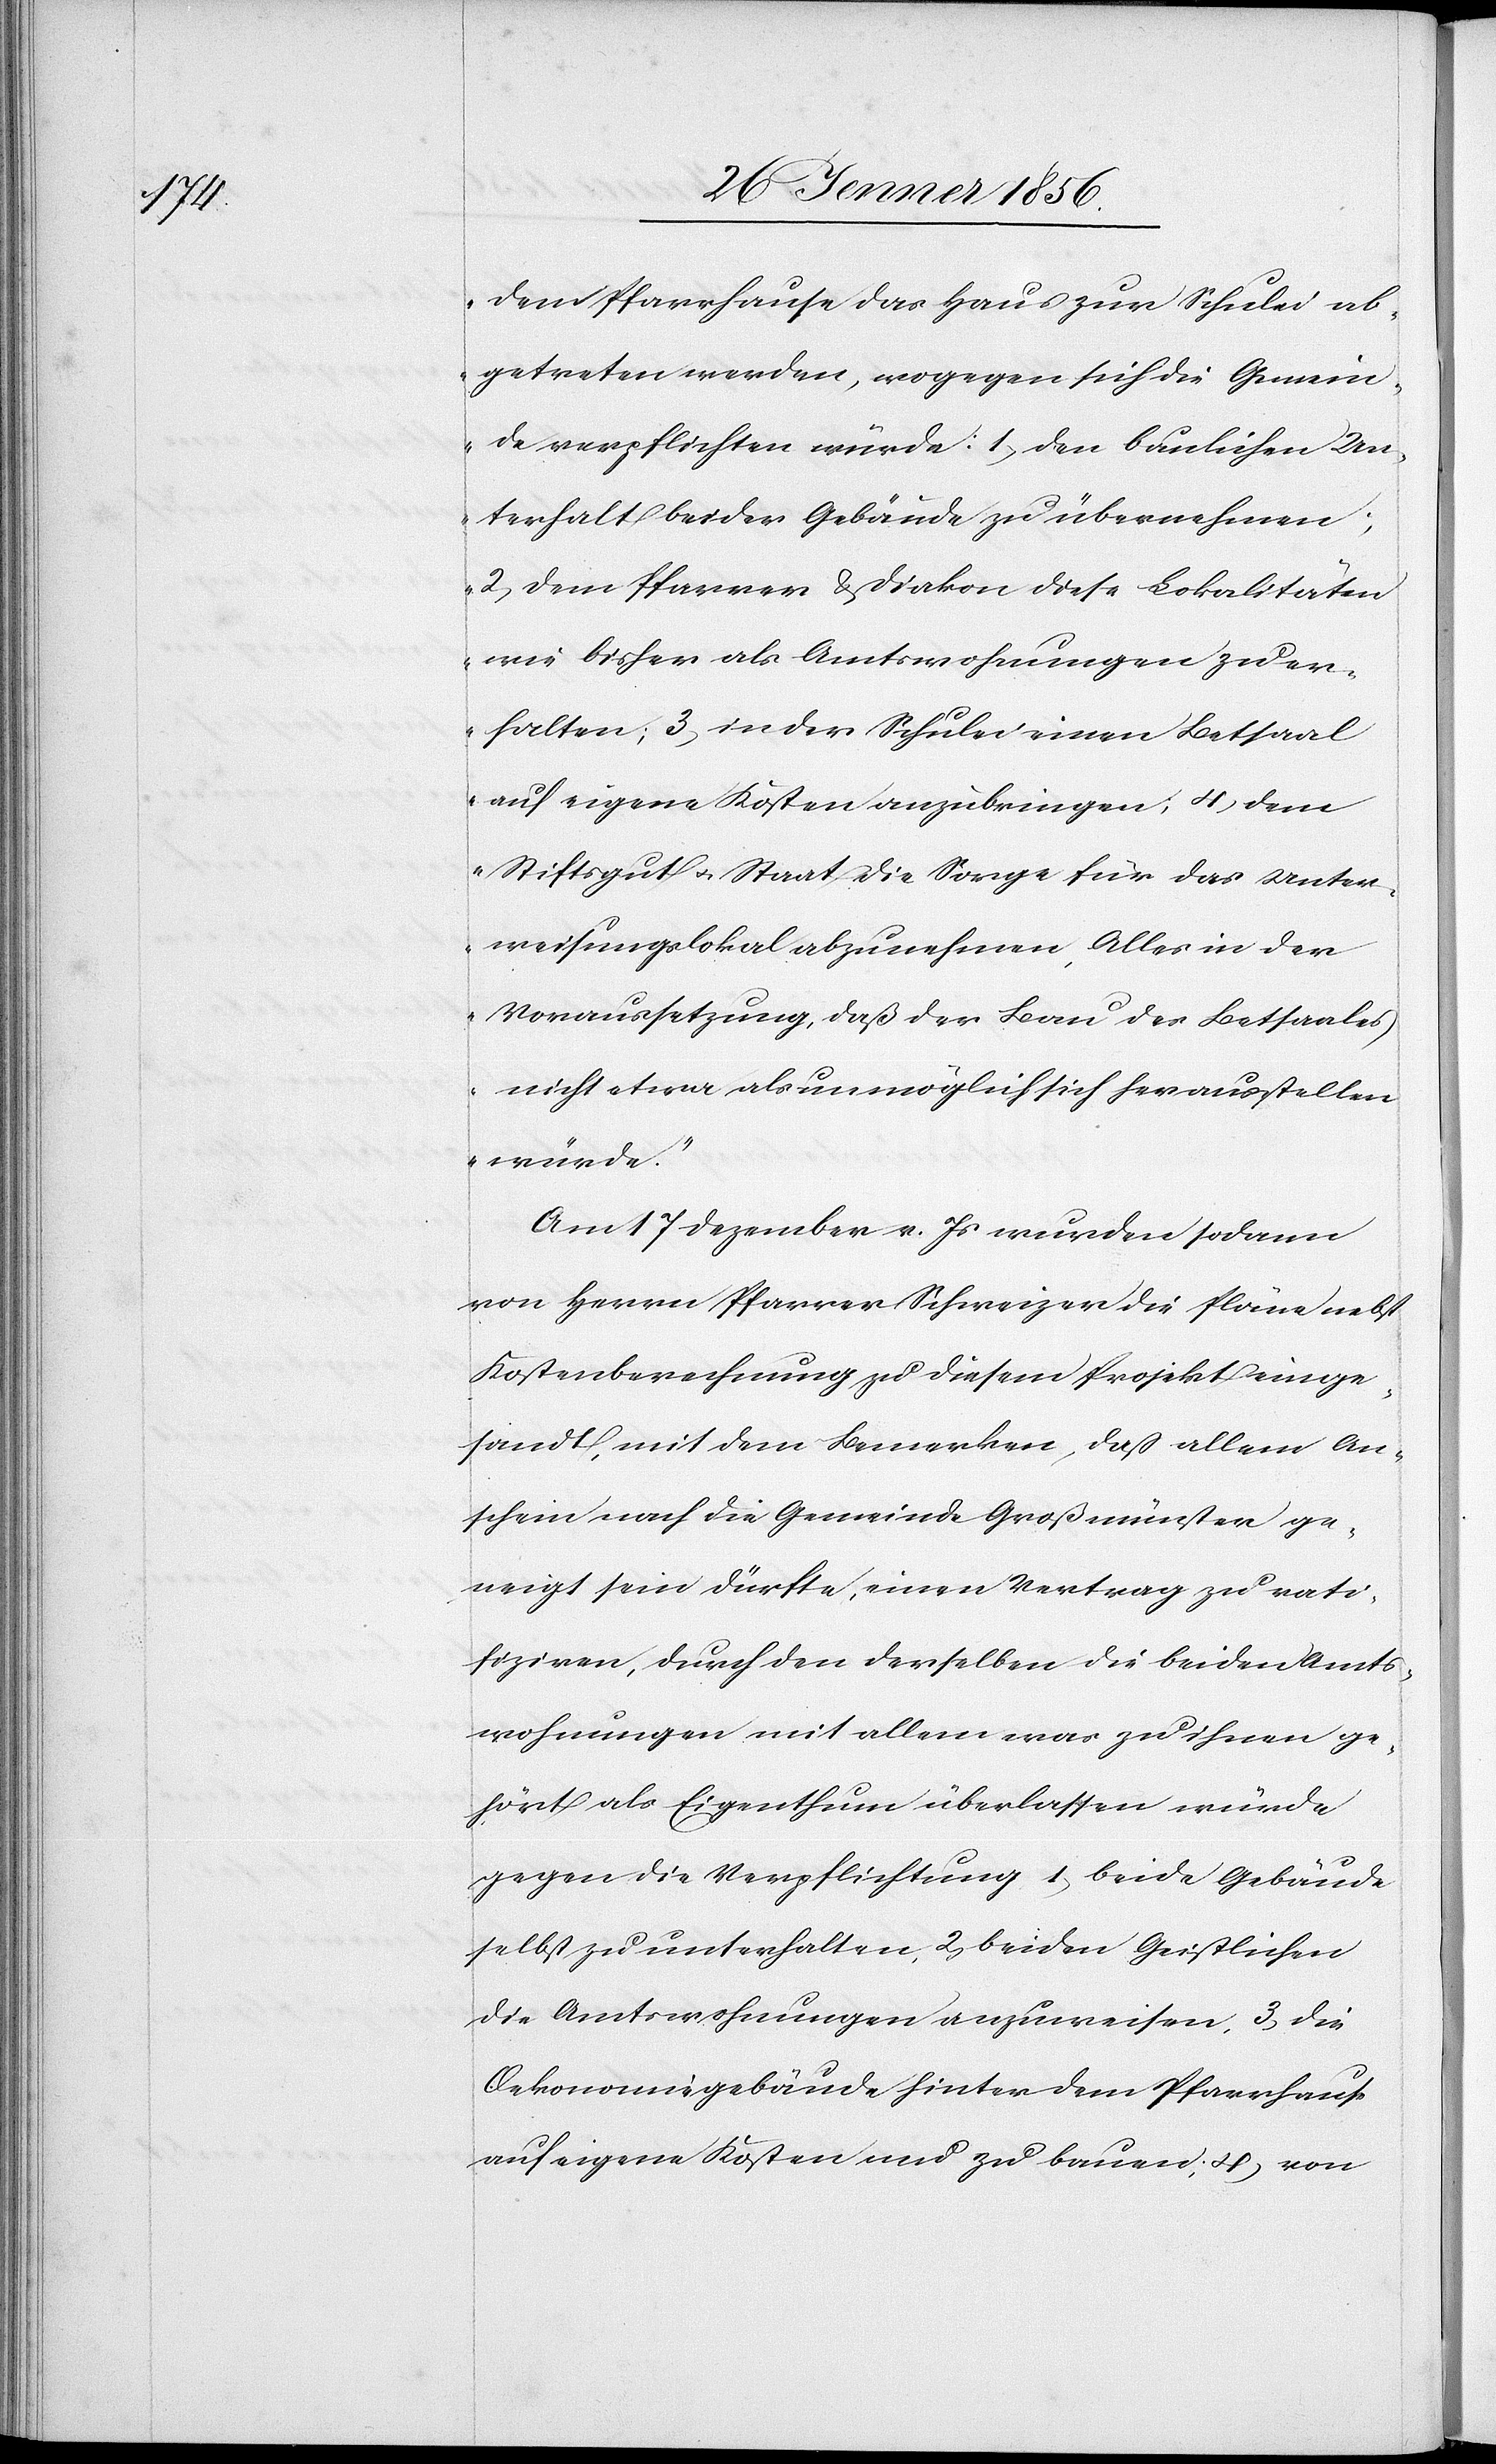
dem Pfarrhause das Haus zur Schulei ab¬
getreten werden, wogegen sich die Gemein¬
de verpflichten würde: 1, den baulichen Un¬
terhalt beider Gebäude zu übernehmen;
2, dem Pfarrer & Diakon diese Lokalitäten
wie bisher als Amtswohnungen zu er¬
halten; 3, in der Schulei einen Betsaal
auf eigene Kosten anzubringen; 4, dem
Stiftsgut u. Staat die Sorge für das Unter¬
weisungslokal abzunehmen, Alles in der
Voraussetzung, daß der Bau des Betsaales
nicht etwa als unmöglich sich herausstellen
würde.“
Am 17 Dezember v. Js wurden sodann
von Herrn Pfarrer Schweizer die Pläne nebst
Kostenberechnung zu diesem Projekt einge¬
sandt, mit dem Bemerken, daß allem An¬
schein nach die Gemeinde Großmünster ge¬
neigt sein dürfte, einen Vertrag zu rati¬
fiziren, durch den derselben die beiden Amts¬
wohnungen mit allem was zu ihnen ge¬
hört als Eigenthum überlassen würde
gegen die Verpflichtung 1, beide Gebäude
selbst zu unterhalten, 2, beiden Geistlichen
die Amtswohnungen anzuweisen, 3, die
Oekonomiegebäude hinter dem Pfarrhause
auf eigene Kosten neu zu bauen; 4, von